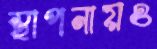
স্থাপনায়ও